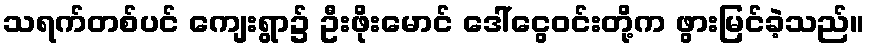
သရက်တစ်ပင် ကျေးရွာ၌ ဦးဖိုးမောင် ဒေါ်ငွေဝင်းတို့က ဖွားမြင်ခဲ့သည်။